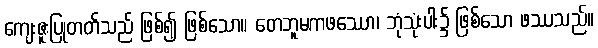
ကျေးဇူးပြုတတ်သည် ဖြစ်၍ ဖြစ်သော။ တေဘူမကဖဿော၊ ဘုံသုံးပါး၌ ဖြစ်သော ဖဿသည်။